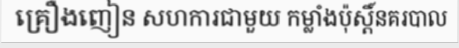
គ្រឿងញៀន សហការជាមួយ កម្លាំងប៉ុស្តិ៍នគរបាល